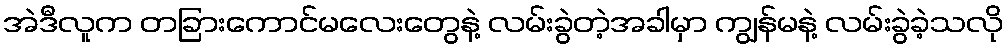
အဲဒီလူက တခြားကောင်မလေးတွေနဲ့ လမ်းခွဲတဲ့အခါမှာ ကျွန်မနဲ့ လမ်းခွဲခဲ့သလို